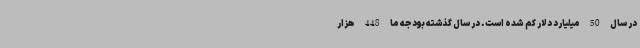
در سال 50 میلیارد دلار کم شده است. در سال گذشته بودجه ما 448 هزار